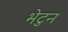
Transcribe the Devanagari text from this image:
भेटुन